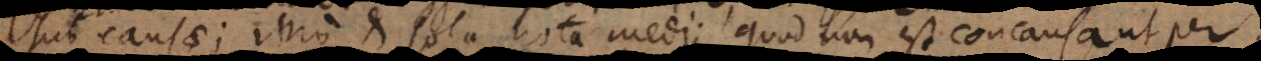
subcausae; imo et sola nota medii, quod non est concausa ut per.